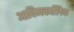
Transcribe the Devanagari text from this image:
आदिमकालिक